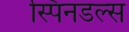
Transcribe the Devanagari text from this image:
स्पिनडल्स